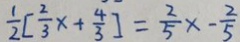
\frac { 1 } { 2 } [ \frac { 2 } { 3 } x + \frac { 4 } { 3 } ] = \frac { 2 } { 5 } x - \frac { 2 } { 5 }